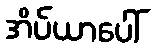
အိပ်ယာပေါ်